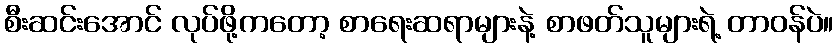
စီးဆင်းအောင် လုပ်ဖို့ကတော့ စာရေးဆရာများနဲ့ စာဖတ်သူများရဲ့ တာဝန်ပဲ။